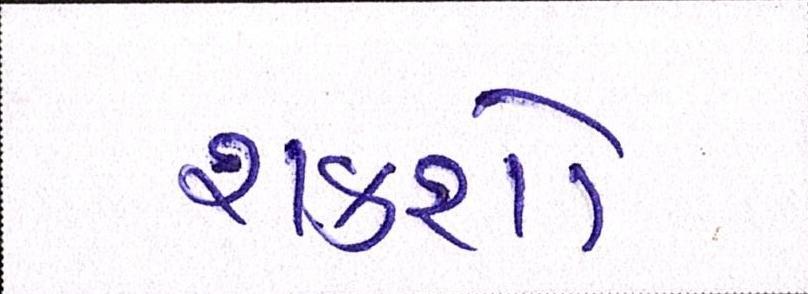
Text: શકશો